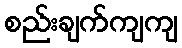
စည်းချက်ကျကျ